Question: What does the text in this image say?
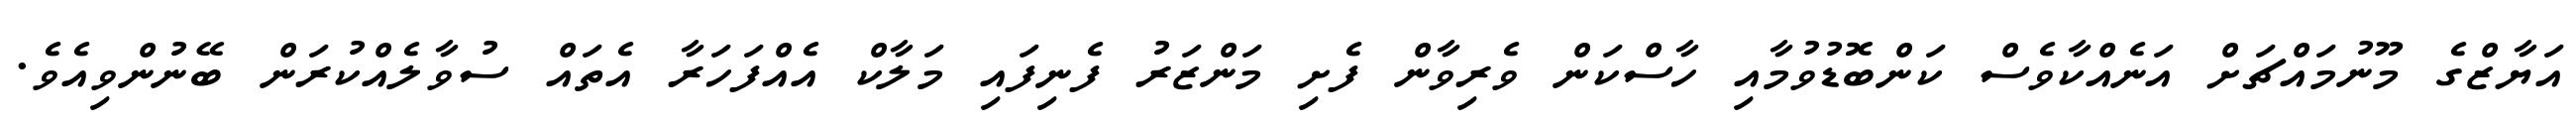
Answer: އަޔާޒްގެ މޫނުމައްޗަށް އަނެއްކާވެސް ކަންބޮޑުވުމާއި ހާސްކަން ވެރިވާން ފެށި މަންޒަރު ފެނިފައި މަލާކް އެއްފަހަރާ އެތައް ސުވާލެއްކުރަން ބޭނުންވިއެވެ.